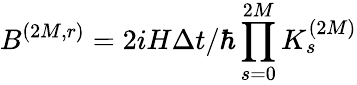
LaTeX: B^{(2M,r)}=2iH\Delta t/\hbar\prod_{s=0}^{2M}K_{s}^{(2M)}